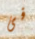
فى